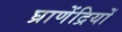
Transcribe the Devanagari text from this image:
घ्राणेंद्रियों